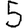
Digit: 5